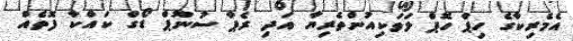
އެމެރިކާގެ ހިޕް ހޮޕް ލަވަކިއުންތެރިޔާ އަދި ރެޕާ ސުނޫޕް ޑޯގް ކައްކާ ފޮތެއް